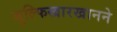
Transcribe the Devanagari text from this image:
जुल्फिखारखानने